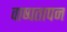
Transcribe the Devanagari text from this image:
वाष्पतापन